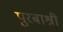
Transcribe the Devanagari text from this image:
पुरबाश्री